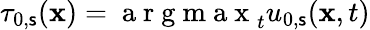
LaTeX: \tau_{0,\mathsf{s}}(\mathbf{{x}})=\mathrm{{~a~r~g~m~a~x~}}_{t}u_{0,\mathsf{s}}(\mathbf{{x}},t)